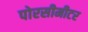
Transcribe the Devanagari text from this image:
पोरसीमीटर